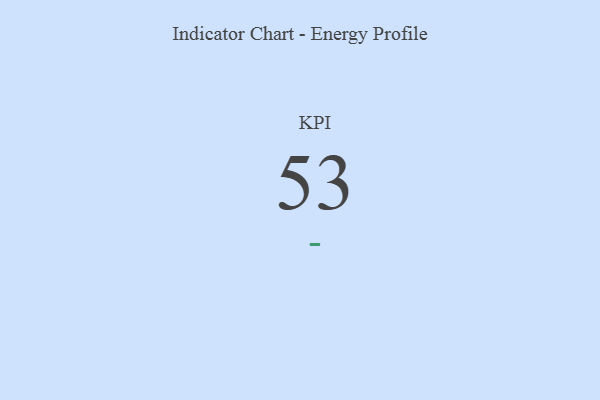
{"axis": {"x": "KPI", "y": "Value"}, "legend": [""], "data": [{"x": "KPI", "y": 53, "type": ""}]}